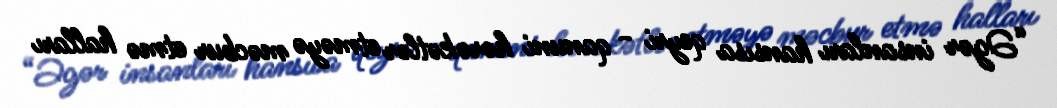
“Əgər insanları hansısa qeyri - qanuni hərəkətlər etməyə məcbur etmə halları